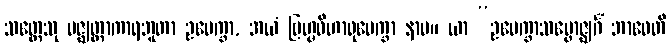
သတ္တေသု မဇ္ဈတ္တာကာရဘူတာ ဥပေက္ခာ, အယံ ဗြဟ္မဝိဟာရုပေက္ခာ နာမ။ ယာ “ဥပေက္ခာသမ္ဗောဇ္ဈင်္ဂံ ဘာဝေတိ